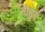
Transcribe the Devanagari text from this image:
नीडूर